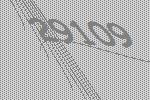
29109